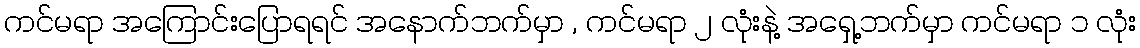
ကင်မရာ အကြောင်းပြောရရင် အနောက်ဘက်မှာ , ကင်မရာ ၂ လုံးနဲ့ အရှေ့ဘက်မှာ ကင်မရာ ၁ လုံး